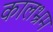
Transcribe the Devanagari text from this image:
कालभ्रम